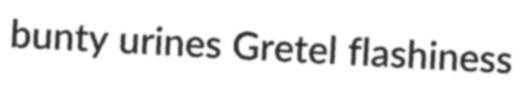
bunty urines Gretel flashiness